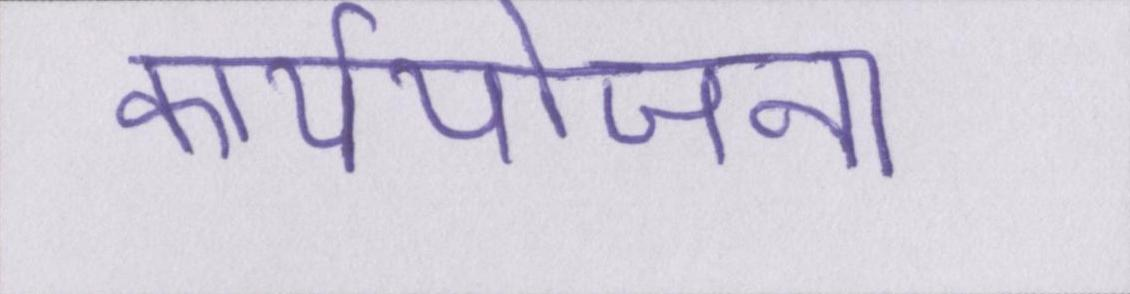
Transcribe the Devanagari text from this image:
कार्ययोजना